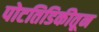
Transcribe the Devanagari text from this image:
पोटतिडिकीतून